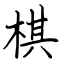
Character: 棋